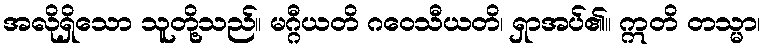
အလိုရှိသော သူတို့သည်။ မဂ္ဂီယတိ ဂဝေသီယတိ၊ ရှာအပ်၏။ ဣတိ တသ္မာ၊